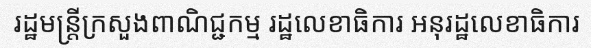
រដ្ឋមន្ត្រីក្រសួងពាណិជ្ជកម្ម រដ្ឋលេខាធិការ អនុរដ្ឋលេខាធិការ